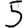
Digit: 5